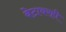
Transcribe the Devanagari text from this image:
बेटावरही